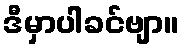
ဒီမှာပါခင်ဗျာ။